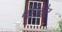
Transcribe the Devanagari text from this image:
पेटिकोट